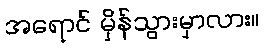
အရောင် မှိန်သွားမှာလား။